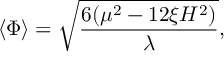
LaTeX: \langle \Phi \rangle = \sqrt { \frac { 6 ( { \mu } ^ { 2 } - 1 2 { \xi } H ^ { 2 } ) } { \lambda } } ,